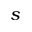
s